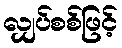
လျှပ်စစ်ဖြင့်